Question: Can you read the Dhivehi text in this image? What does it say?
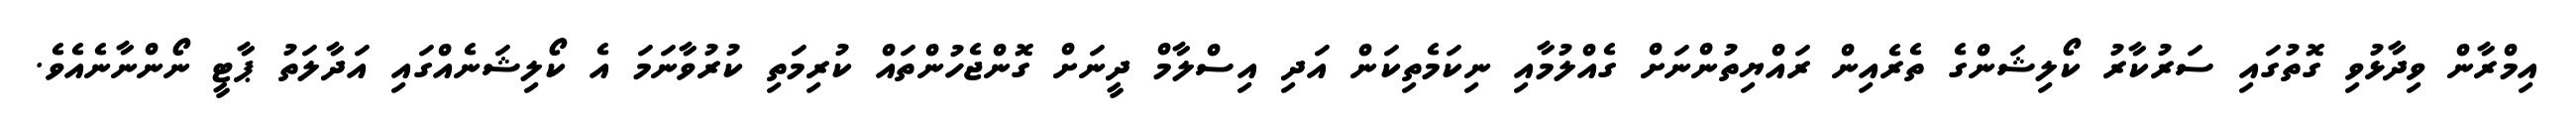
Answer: އިމްރާން ވިދާޅުވި ގޮތުގައި ސަރުކާރު ކޯލިޝަންގެ ތެރެއިން ރައްޔިތުންނަށް ގެއްލުމާއި ނިކަމެތިކަން އަދި އިސްލާމް ދީނަށް ގޮންޖެހުންތައް ކުރިމަތި ކުރުވާނަމަ އެ ކޯލިޝަނެއްގައި އަދާލަތު ޕާޓީ ނޯންނާނެއެވެ.